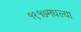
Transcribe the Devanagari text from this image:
१९१७मधल्या